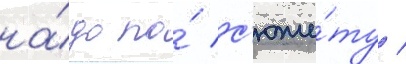
на́до по́ с'юже́ту /